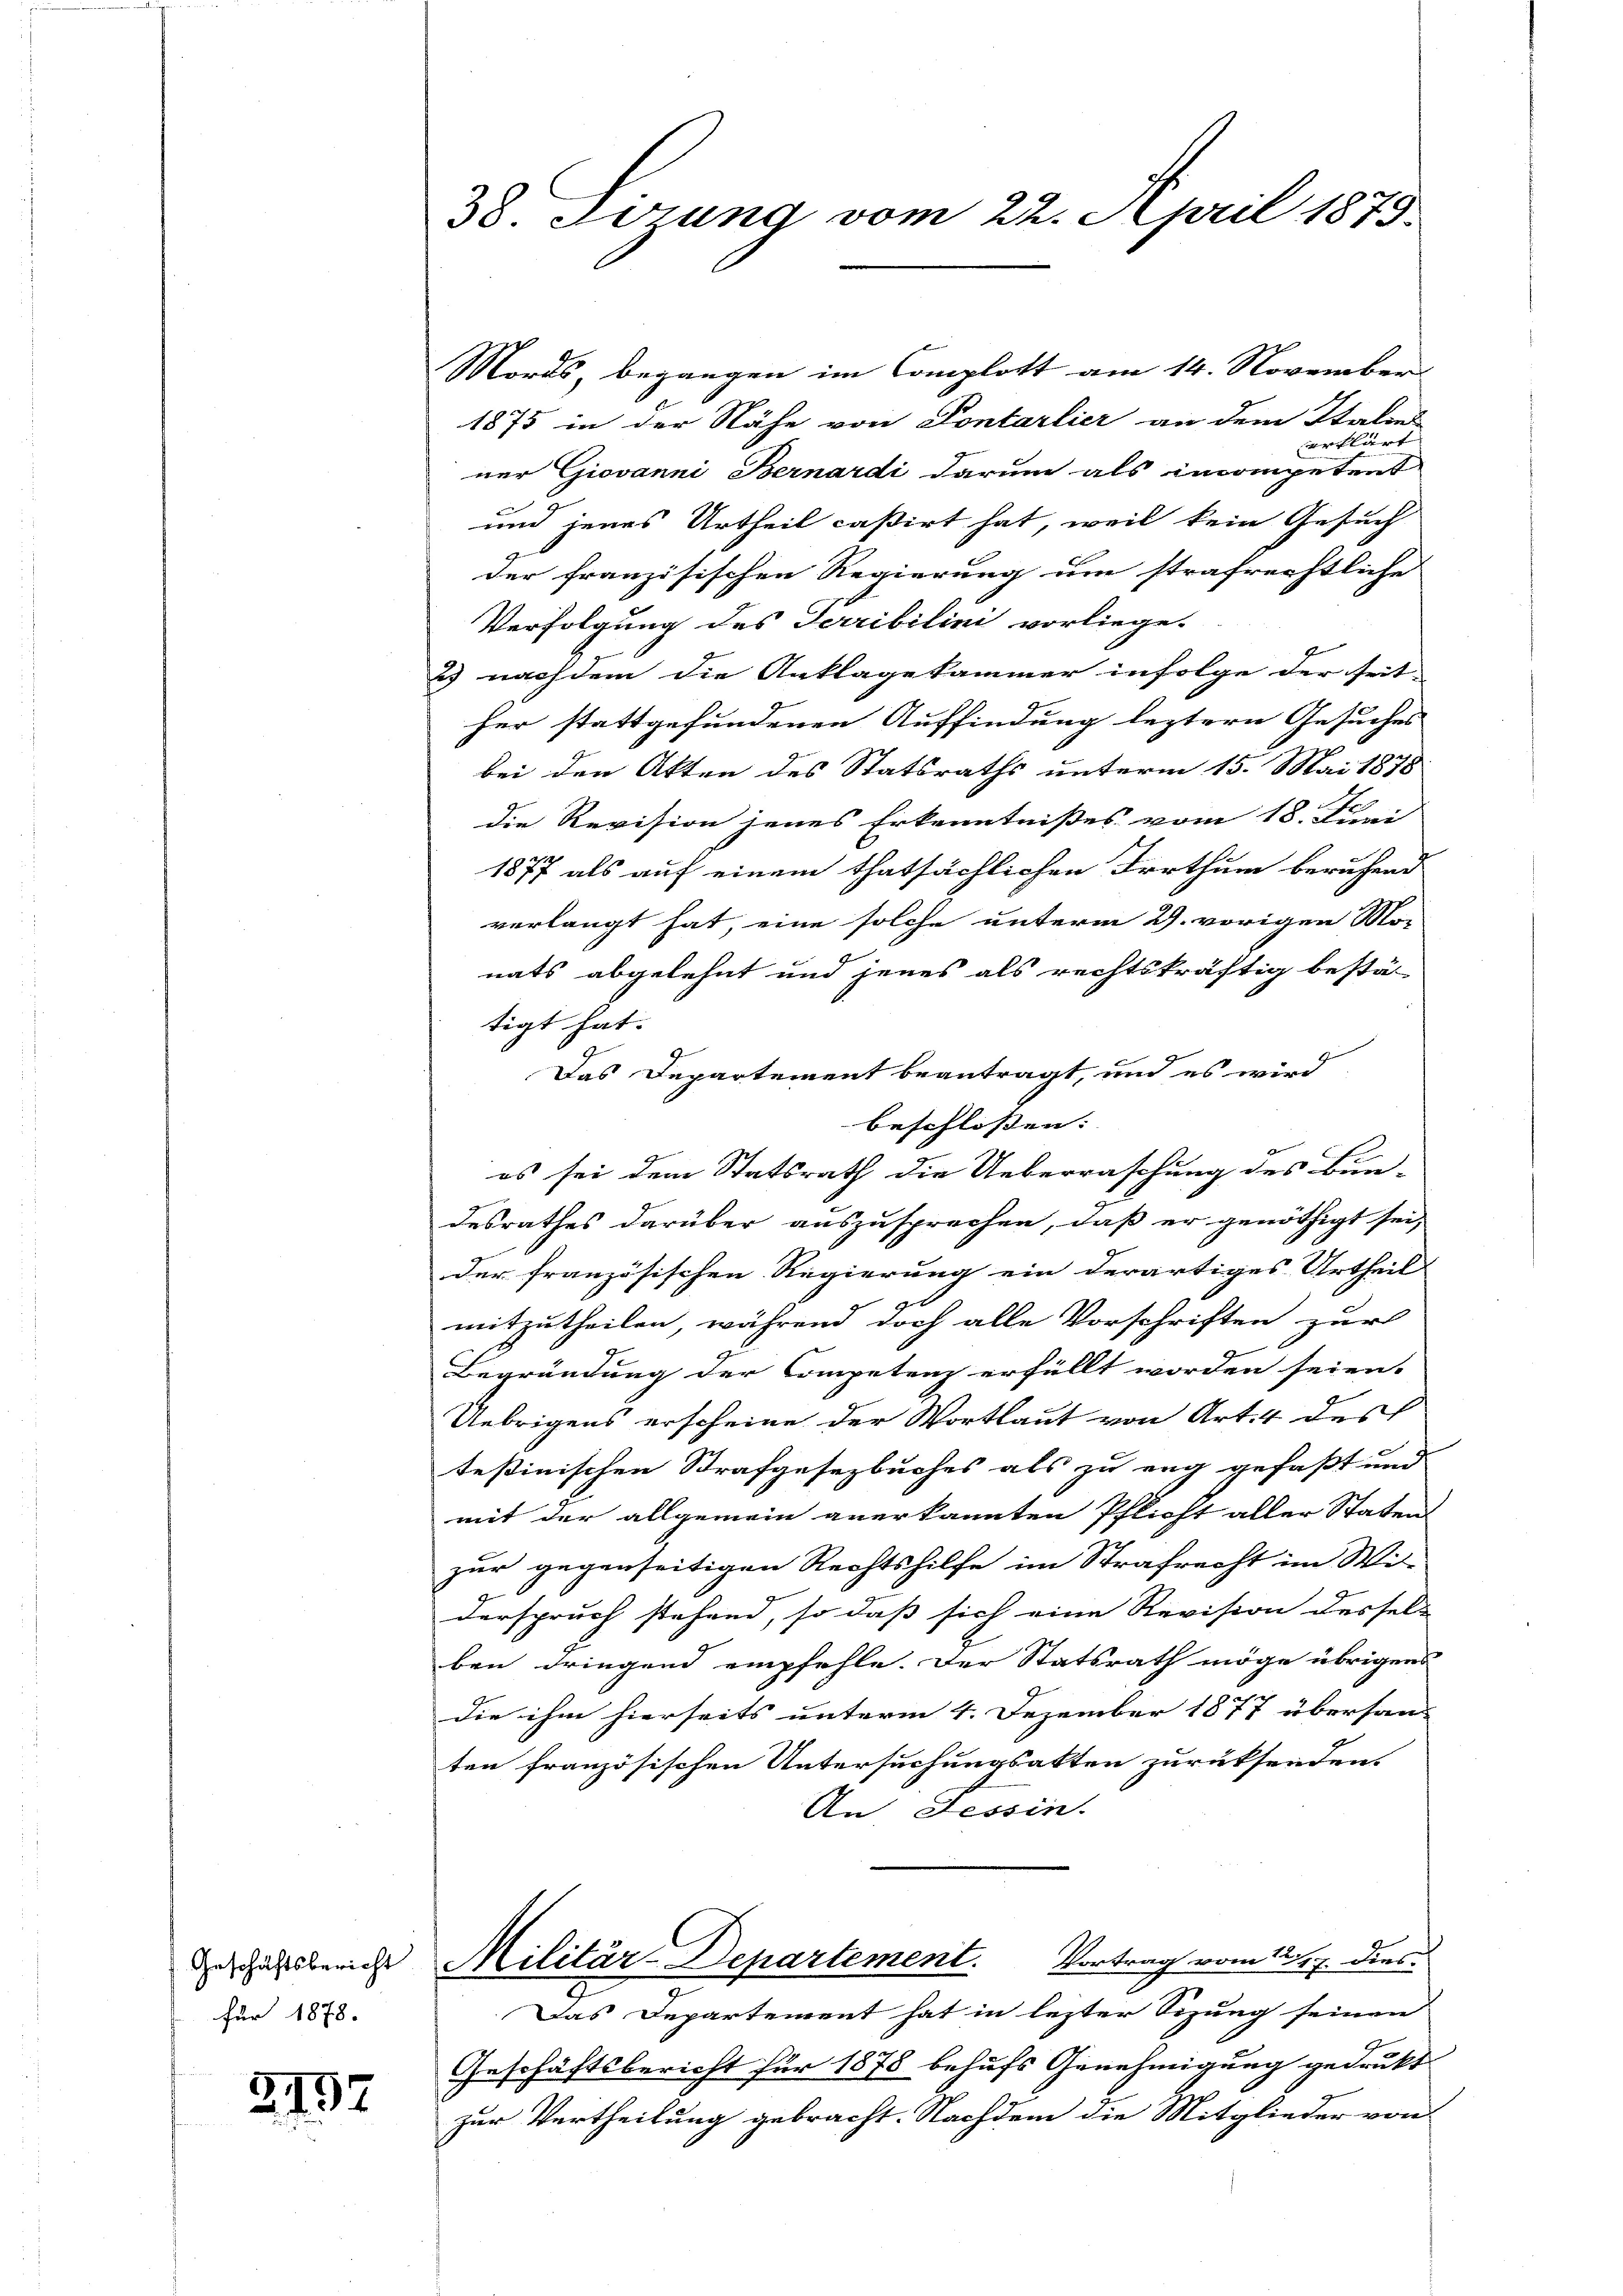
Geschäftsbericht
für 1878.

3797

Mords, begangen im Complott am 14. November
1875 in der Nähe von Pontarlier an dem Italiens
erklärt |
ner Giovanni Bernardi darum als incompetent
und jenes Urtheil casirt hat, weil kein Gesuch
der französischen Regierung um strafrechtliche
Verfolgung des Terribilini vorliege.
u nachdem die Anklagekammer infolge der seit
her stattgefundenen Auffindung leztern Gesuches
bei den Akten des Statsraths unterm 15. Mai 1878
die Revision jenes Erkenntnißes vom 18. Juni
1877 als auf einem thatsächlichen Irrthum beruhend
verlangt hat, eine solche unterm 29. vorigen Mo-
nats abgelehnt und jenes als rechtskräftig bestä-
tigt hat.
Das Departement beantragt, und es wird
beschlossen: |
es sei dem Statsrath die Ueberraschung des Bun-
desrathes darüber auszusprechen, daß er genöthigt sei,
der französischen Regierung ein derartiges Urtheil
mitzutheilen, während doch alle Vorschriften zur
Begründung der Competenz erfüllt worden seien.
Uebrigens erscheine der Wortlaut von Art. 4 des
teßinischen Strafgesetzbuches als zu eng gefaßt und
mit der allgemein anerkannten Pflicht aller Staten
zur gegenseitigen Rechtshilfe im Strafrecht im Wi-
derspruch stehend, so daß sich eine Revision dessel-
ben dringend empfehle. Der Statsrath möge übrigens
Die ihm hierseits unterm 4. Dezember 1877 übersand
ten französischen Untersuchungsatten zurücksendens
An Tessin.
Militär-Departement. Vortrag vom 12. 7. dies
Das Departement hat in lezter Sizung seinen
Geschäftsbericht für 1878 behufs Genehmigung gedrukt
zur Vertheilung gebracht. Nachdem die Mitglieder von

38. Förung vom 22. April 1879.